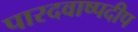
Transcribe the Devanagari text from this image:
पारदवाष्पदीप